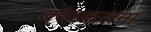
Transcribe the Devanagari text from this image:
वरेरकरांना